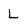
Character: L